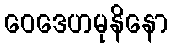
ဝေဒေဟမုနိနော